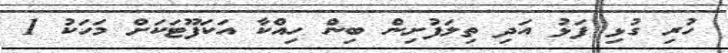
ހުރި ގުޅި ފަޅު އަދި ތިލަފުށިން ބިން ހިއްކާ އަކަފޫޓަކަށް މަހަކު 1